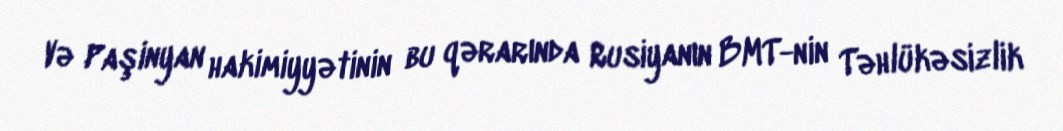
Və Paşinyan hakimiyyətinin bu qərarında Rusiyanın BMT-nin Təhlükəsizlik